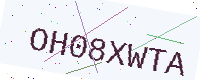
Text: OH08XWTA